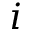
i